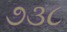
૭૩૮